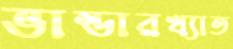
ভান্ডারখ্যাত